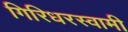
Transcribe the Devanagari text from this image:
गिरिधरस्वामी